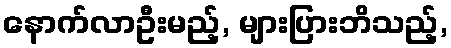
နောက်လာဦးမည့်, များပြားဘိသည့်,